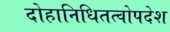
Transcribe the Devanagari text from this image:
दोहानिधितत्वोपदेश